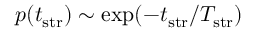
p ( t _ { \mathrm { s t r } } ) \sim \mathrm { e x p } ( - t _ { \mathrm { s t r } } / T _ { \mathrm { s t r } } )